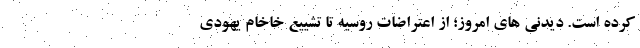
کرده است. دیدنی های امروز؛ از اعتراضات روسیه تا تشییع خاخام یهودی